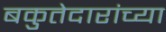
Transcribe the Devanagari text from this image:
बकुतेदारांच्या